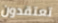
تعتقدون